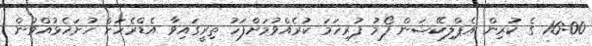
16:00 ގެ ކުރިން އެޕްލިކޭޝަން ފޯމު ފުރިހަމަ ކުރެއްވުމަށްފަހު ތިރީގައިވާ އެޑްރެހަށް ހުށަހެޅުއްވުން